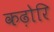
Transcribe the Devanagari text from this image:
कढ़ोरि